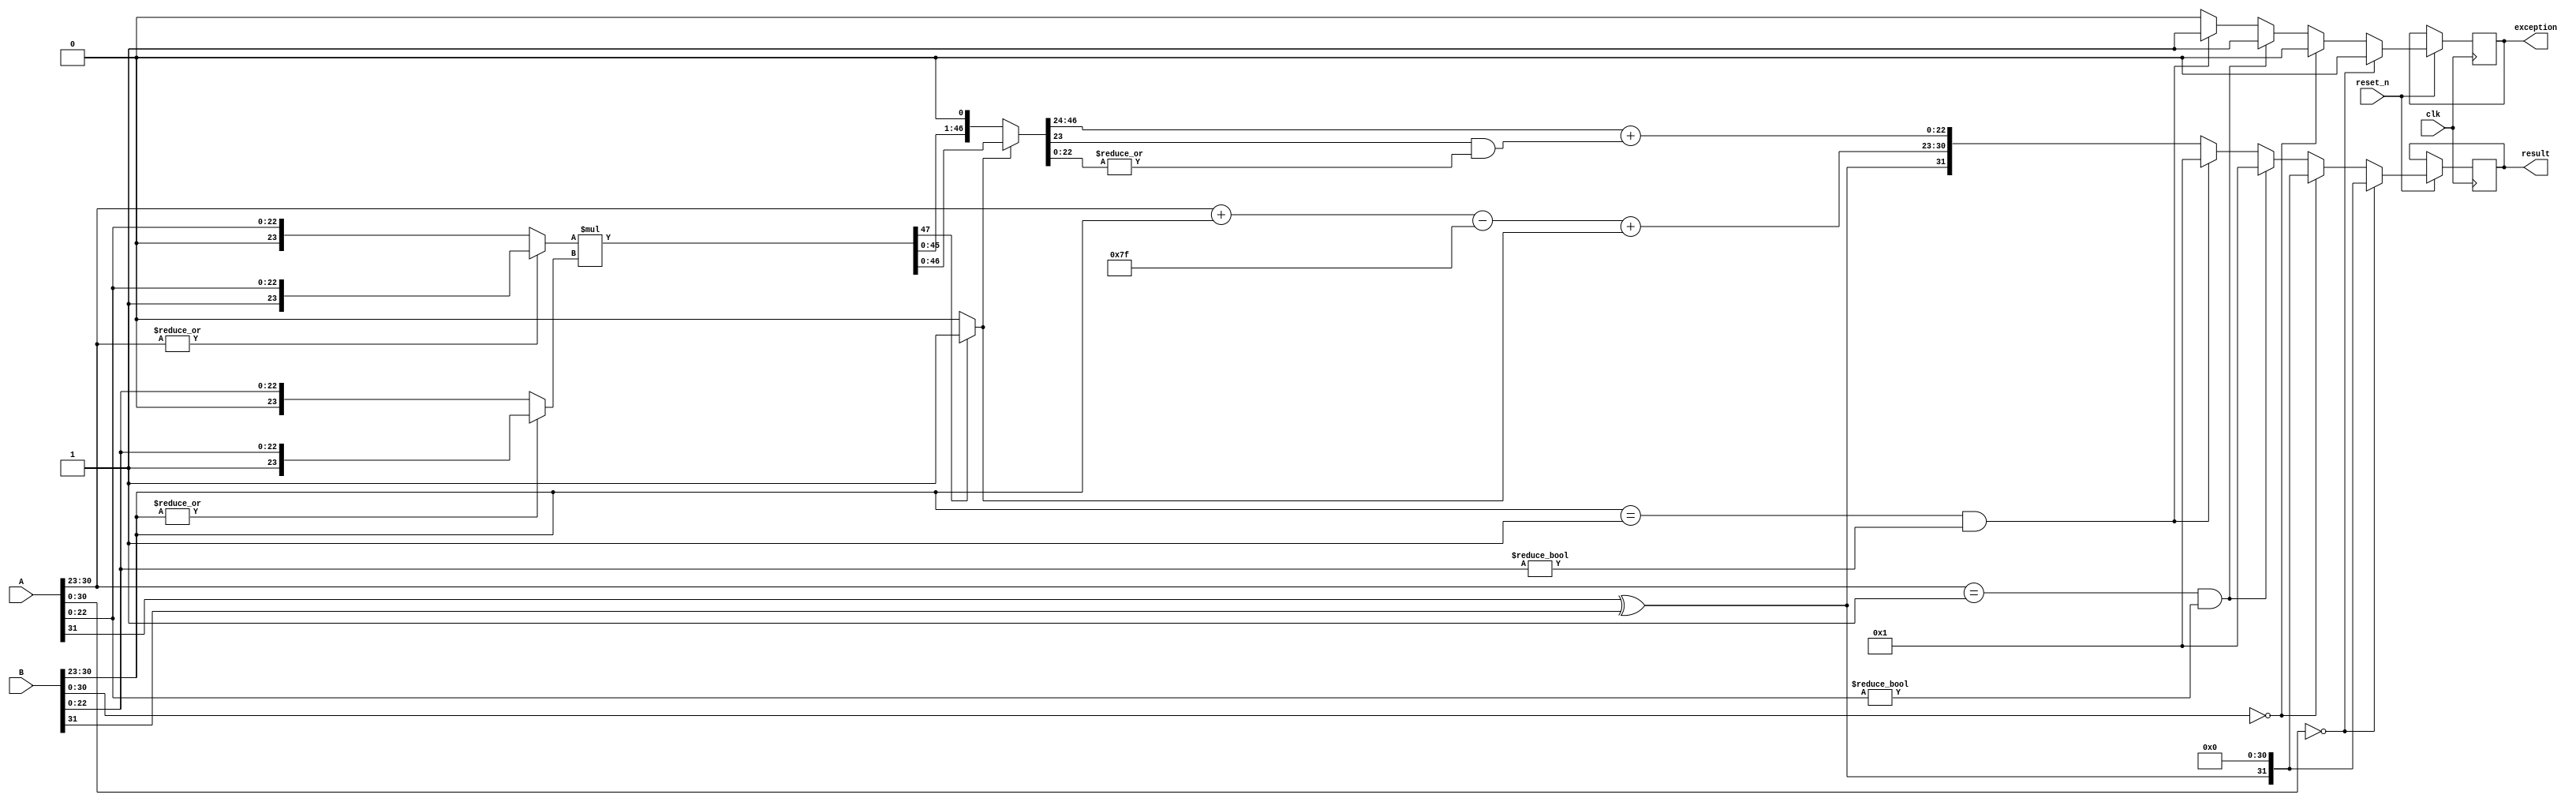
/*---------------------------------------------------------------------------
 *
 *  Copyright (c) 2023 by Jin Hyeong Park, All rights reserved.
 *
 *  Written by : Park, Jin Hyoeng
 *               School of Electrical Engineering / Department of Biomechatronics
 *               Sungkyunkwan University
 *  Written on : January 18, 2023
 *  Version    : 2.0
 *  Design     : Floating Point Number Multiplier
 *  Target Devices: Zybo Z7-20
 *  Modification History:
 *      * January 10, 2023  Jin Hyeong Park
 *        version 1.0 released.
 *
 *      * January 20, 2023 by Jin Hyeong Park
 *        version 2.0 released.
 *
 *      * January 25, 2023 by Jin Hyeong Park
 *        version 2.0 code modified and comments added.
 *
 *  NOTE: Overflow and Underflow are not considered yet.
 *
 *---------------------------------------------------------------------------*/


module Fmultiplier #(parameter BIAS = 127)(
    input clk,
    input reset_n,
    input [31:0] A,
    input [31:0] B,
    output reg exception,
    output reg [31:0] result
);

// A and B - sign, exponent, fraction 
reg A_sign, B_sign;
reg [7:0] A_exponent, B_exponent;
reg [22:0] A_fraction, B_fraction;
reg [23:0] ta_fraction, tb_fraction;
reg [7:0] temp_exponent;
reg [47:0] frac_prod, temp_fraction, normed_prod;
reg carry_exp, normed_carry, product_round, overflow, underflow;

reg result_sign;
reg [7:0] result_exp;
reg [22:0] result_frac;

always @ (posedge clk) begin
    if (!reset_n) begin
        result = result;
    end else begin
        A_sign = A[31];
        B_sign = B[31];
        
        A_exponent = A[30:23];
        B_exponent = B[30:23];
        
        A_fraction = A[22:0];
        B_fraction = B[22:0];
        
        result_sign = A[31] ^ B[31];
        
        if (A[30:0] == 31'b0) begin // if A is 0
            result = {result_sign, 31'b0};
            exception = 1'b0;
        end else if (B[30:0] == 31'b0) begin // if B is 0
            result = {result_sign, 31'b0};
            exception = 1'b0;
        end else if ((A_exponent == 8'b1) & (A_fraction != 23'b0)) begin // NAN case
            result = 32'b1;
            exception = 1'b1;
        end else if ((B_exponent == 8'b1) & (B_fraction != 23'b0)) begin // NAN case
            result = 32'b1;
            exception = 1'b1;
        end else begin // Normal case
            // If exponent is 0, hidden bit will be 0 or 1
            ta_fraction = (|A_exponent) ? {1'b1, A_fraction} : {1'b0, A_fraction};
            tb_fraction = (|B_exponent) ? {1'b1, B_fraction} : {1'b0, B_fraction};
            
            // fraction production
            frac_prod = ta_fraction * tb_fraction;

            // fraction normarlize
            normed_carry = frac_prod[47] ? 1'b1 : 1'b0;
            normed_prod = normed_carry ? frac_prod : frac_prod << 1;
            product_round = |normed_prod[22:0]; // Ending 23 bits are OR'ed for rounding operation.
	        result_frac = normed_prod[46:24]  + (normed_prod[23] & product_round);
            // exponent sum
            {carry_exp, result_exp} = A_exponent + B_exponent - BIAS + normed_carry;
            
            //If exponent is greater than 255
            overflow = carry_exp;
            //If exponent is less than 127
            underflow = (!carry_exp & !result_exp[7]);
            
            // result = overflow ? {result_sign,8'hFF,23'd0} : underflow ? {result_sign,31'b0} : {result_sign, result_exp, result_frac};
            result = {result_sign, result_exp, result_frac};
	        exception = 1'b0;
	    end 
    end
end
    
endmodule